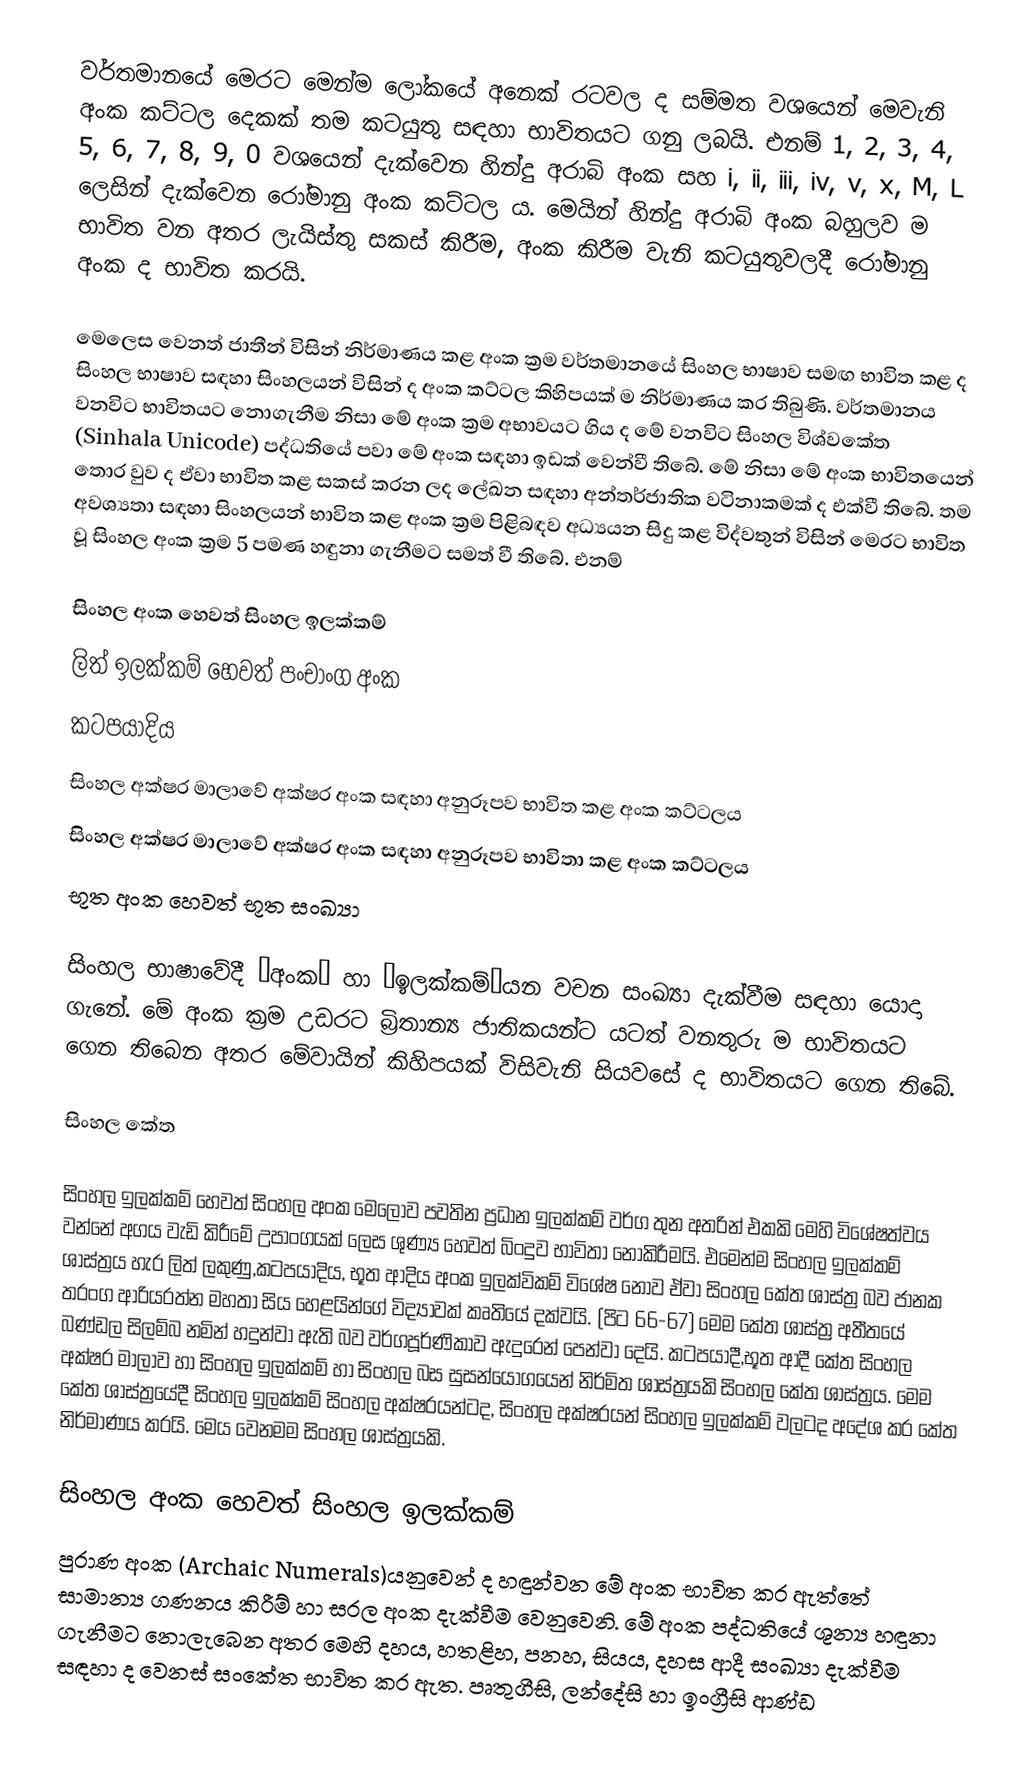
වර්තමානයේ මෙරට මෙන්ම ලෝකයේ අනෙක් රටවල ද සම්මත වශයෙන් මෙවැනි අංක කට්ටල දෙකක් තම කටයුතු සඳහා භාවිතයට ගනු ලබයි. එනම් 1, 2, 3, 4, 5, 6, 7, 8, 9, 0 වශයෙන් දැක්වෙන හින්දු අරාබි අංක සහ i, ii, iii, iv, v, x, M, L ලෙසින් දැක්වෙන රෝමානු අංක කට්ටල ය. මෙයින් හින්දු අරාබි අංක බහුලව ම භාවිත වන අතර ලැයිස්තු සකස් කිරීම, අංක කිරීම වැනි කටයුතුවලදී රෝමානු අංක ද භාවිත කරයි.

මෙලෙස වෙනත් ජාතීන් විසින් නිර්මාණය කළ අංක ක්‍රම වර්තමානයේ සිංහල භාෂාව සමඟ භාවිත කළ ද සිංහල භාෂාව සඳහා සිංහලයන් විසින් ද අංක කට්ටල කිහිපයක් ම නිර්මාණය කර තිබුණි. වර්තමානය වනවිට භාවිතයට නොගැනීම නිසා මේ අංක ක්‍රම අභාවයට ගිය ද මේ වනවිට සිංහල විශ්වකේත (Sinhala Unicode) පද්ධතියේ පවා මේ අංක සඳහා ඉඩක් වෙන්වී තිබේ. මේ නිසා මේ අංක භාවිතයෙන් තොර වුව ද ඒවා භාවිත කළ සකස් කරන ලද ලේඛන සඳහා අන්තර්ජාතික වටිනාකමක් ද එක්වී තිබේ. තම අවශ්‍යතා සඳහා සිංහලයන් භාවිත කළ අංක ක්‍රම පිළිබඳව අධ්‍යයන සිදු කළ විද්වතුන් විසින් මෙරට භාවිත වූ සිංහල අංක ක්‍රම 5 පමණ හඳුනා ගැනීමට සමත් වී තිබේ. එනම්

 සිංහල අංක හෙවත් සිංහල ඉලක්කම්
 ලිත් ඉලක්කම් හෙවත් පංචාංග අංක
 කටපයාදිය
 සිංහල අක්ෂර මාලාවේ අක්ෂර අංක සඳහා අනුරූපව භාවිත කළ අංක කට්ටලය
 සිංහල අක්ෂර මාලාවේ අක්ෂර අංක සඳහා අනුරූපව භාවිතා කළ අංක කට්ටලය
 භූත අංක හෙවත් භූත සංඛ්‍යා

සිංහල භාෂාවේදී ‘අංක’ හා ‘ඉලක්කම්’යන වචන සංඛ්‍යා දැක්වීම සඳහා යොදා ගැනේ. මේ අංක ක්‍රම උඩරට බ්‍රිතාන්‍ය ජාතිකයන්ට යටත් වනතුරු ම භාවිතයට ගෙන තිබෙන අතර මේවායින් කිහිපයක් විසිවැනි සියවසේ ද භාවිතයට ගෙන තිබේ.

සිංහල කේත

සිංහල ඉලක්කම් හෙවත් සිංහල අංක මෙලොව පවතින ප්‍රධාන ඉලක්කම් වර්ග තුන අතරින් එකකි මෙහි විශේෂත්වය වන්නේ අගය වැඩි කිරීමේ උපාංගයක් ලෙස ශුණ්‍ය හෙවත් බිංදුව භාවිතා නොකිරීමයි. එමෙන්ම සිංහල ඉලක්කම් ශාස්ත්‍රය හැර ලිත් ලකුණු,කටපයාදිය, භූත ආදිය අංක ඉලක්විකම් විශේෂ නොව ඒවා සිංහල කේත ශාස්ත්‍ර බව ජානක තරංග ආරියරත්න මහතා සිය හෙළයින්ගේ විද්‍යාවක් කෘතියේ දක්වයි. (පිට 66-67) මෙම කේත ශාස්ත්‍ර අතීතයේ බණ්ඩල සිලම්බ නමින් හදුන්වා ඇති බව වර්ගපූර්ණිකාව ඇදුරෙන් පෙන්වා දෙයි. කටපයාදී,භූත ආදී කේත සිංහල අක්ෂර මාලාව හා සිංහල ඉලක්කම් හා සිංහල බස සුසන්යෝගයෙන් නිර්මිත ශාස්ත්‍රයකි සිංහල කේත ශාස්ත්‍රය. මෙම කේත ශාස්ත්‍රයේදී සිංහල ඉලක්කම් සිංහල අක්ෂරයන්ටද, සිංහල අක්ෂරයන් සිංහල ඉලක්කම් වලටද අදේශ කර කේත නිර්මාණය කරයි. මෙය වෙනමම සිංහල ශාස්ත්‍රයකි.

සිංහල අංක හෙවත් සිංහල ඉලක්කම්
පුරාණ අංක (Archaic Numerals)යනුවෙන් ද හඳුන්වන මේ අංක භාවිත කර ඇත්තේ සාමාන්‍ය ගණනය කිරීම් හා සරල අංක දැක්වීම වෙනුවෙනි. මේ අංක පද්ධතියේ ශූන්‍ය හඳුනා ගැනීමට නොලැබෙන අතර මෙහි දහය, හතළිහ, පනහ, සියය, දහස ආදී සංඛ්‍යා දැක්වීම සඳහා ද වෙනස් සංකේත භාවිත කර ඇත. පෘතුගීසි, ලන්දේසි හා ඉංග්‍රීසි ආණ්ඩ